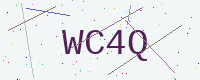
Text: WC4Q